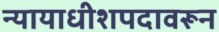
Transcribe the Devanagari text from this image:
न्यायाधीशपदावरून